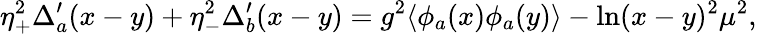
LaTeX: \eta_{+}^{2}\Delta_{a}^{\prime}(x-y)+\eta_{-}^{2}\Delta_{b}^{\prime}(x-y)=g^{2}\langle\phi_{a}(x)\phi_{a}(y)\rangle-\ln(x-y)^{2}\mu^{2},